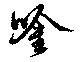
唫